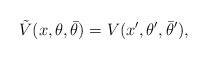
\begin{align*}\tilde V(x, \theta, \bar\theta) = V(x', \theta', \bar\theta'), \end{align*}